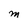
Character: M